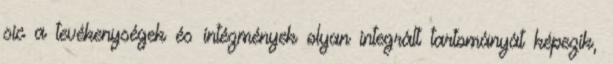
sic a tevékenységek és intézmények olyan integrált tartományát képezik,